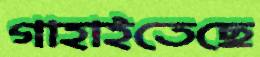
গাহাইতেছে